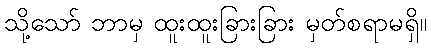
သို့သော် ဘာမှ ထူးထူးခြားခြား မှတ်စရာမရှိ။